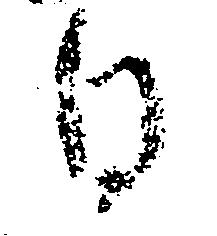
日